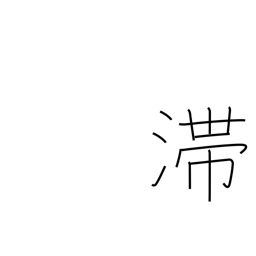
Meaning: stagnate